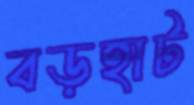
বড়হাট